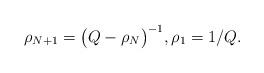
LaTeX: \begin{align*} \rho_{N+1} = \bigl( Q - \rho_N \bigr)^{-1} , \rho_1=1/Q.\end{align*}